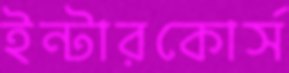
ইন্টারকোর্স